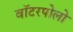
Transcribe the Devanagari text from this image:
वॉटरपोलो